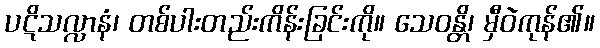
ပဋိသလ္လာနံ၊ တစ်ပါးတည်းကိန်းခြင်းကို။ သေဝန္တိ၊ မှီဝဲကုန်၏။